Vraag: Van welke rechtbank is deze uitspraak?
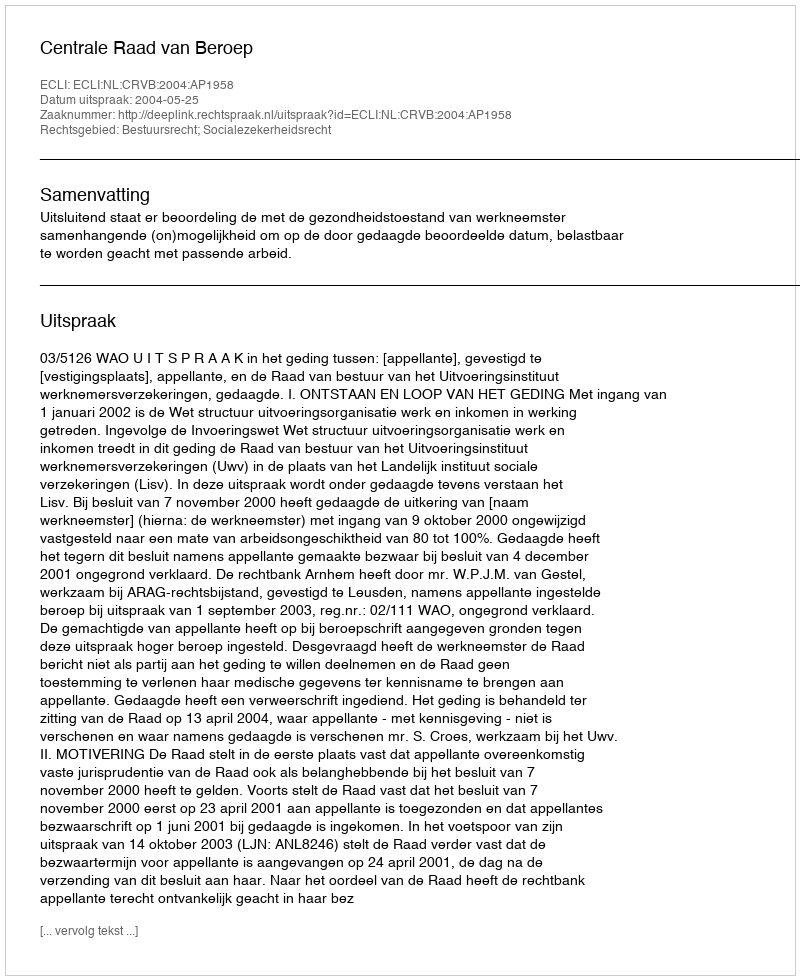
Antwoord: Centrale Raad van Beroep